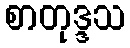
စာတုဒ္ဒသ